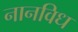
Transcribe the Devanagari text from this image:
नानविध